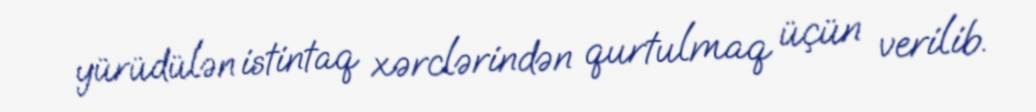
yürüdülən istintaq xərclərindən qurtulmaq üçün verilib.